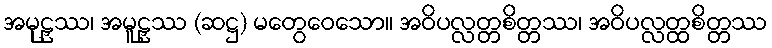
အမုဠှဿ၊ အမူဠှဿ (ဆဋ္ဌ) မတွေဝေသော။ အဝိပလ္လတ္တစိတ္တဿ၊ အဝိပလ္လတ္ထစိတ္တဿ